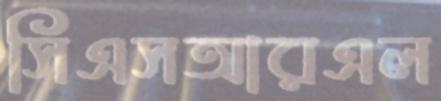
সিএসআরএল